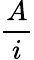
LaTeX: \frac{A}{i}